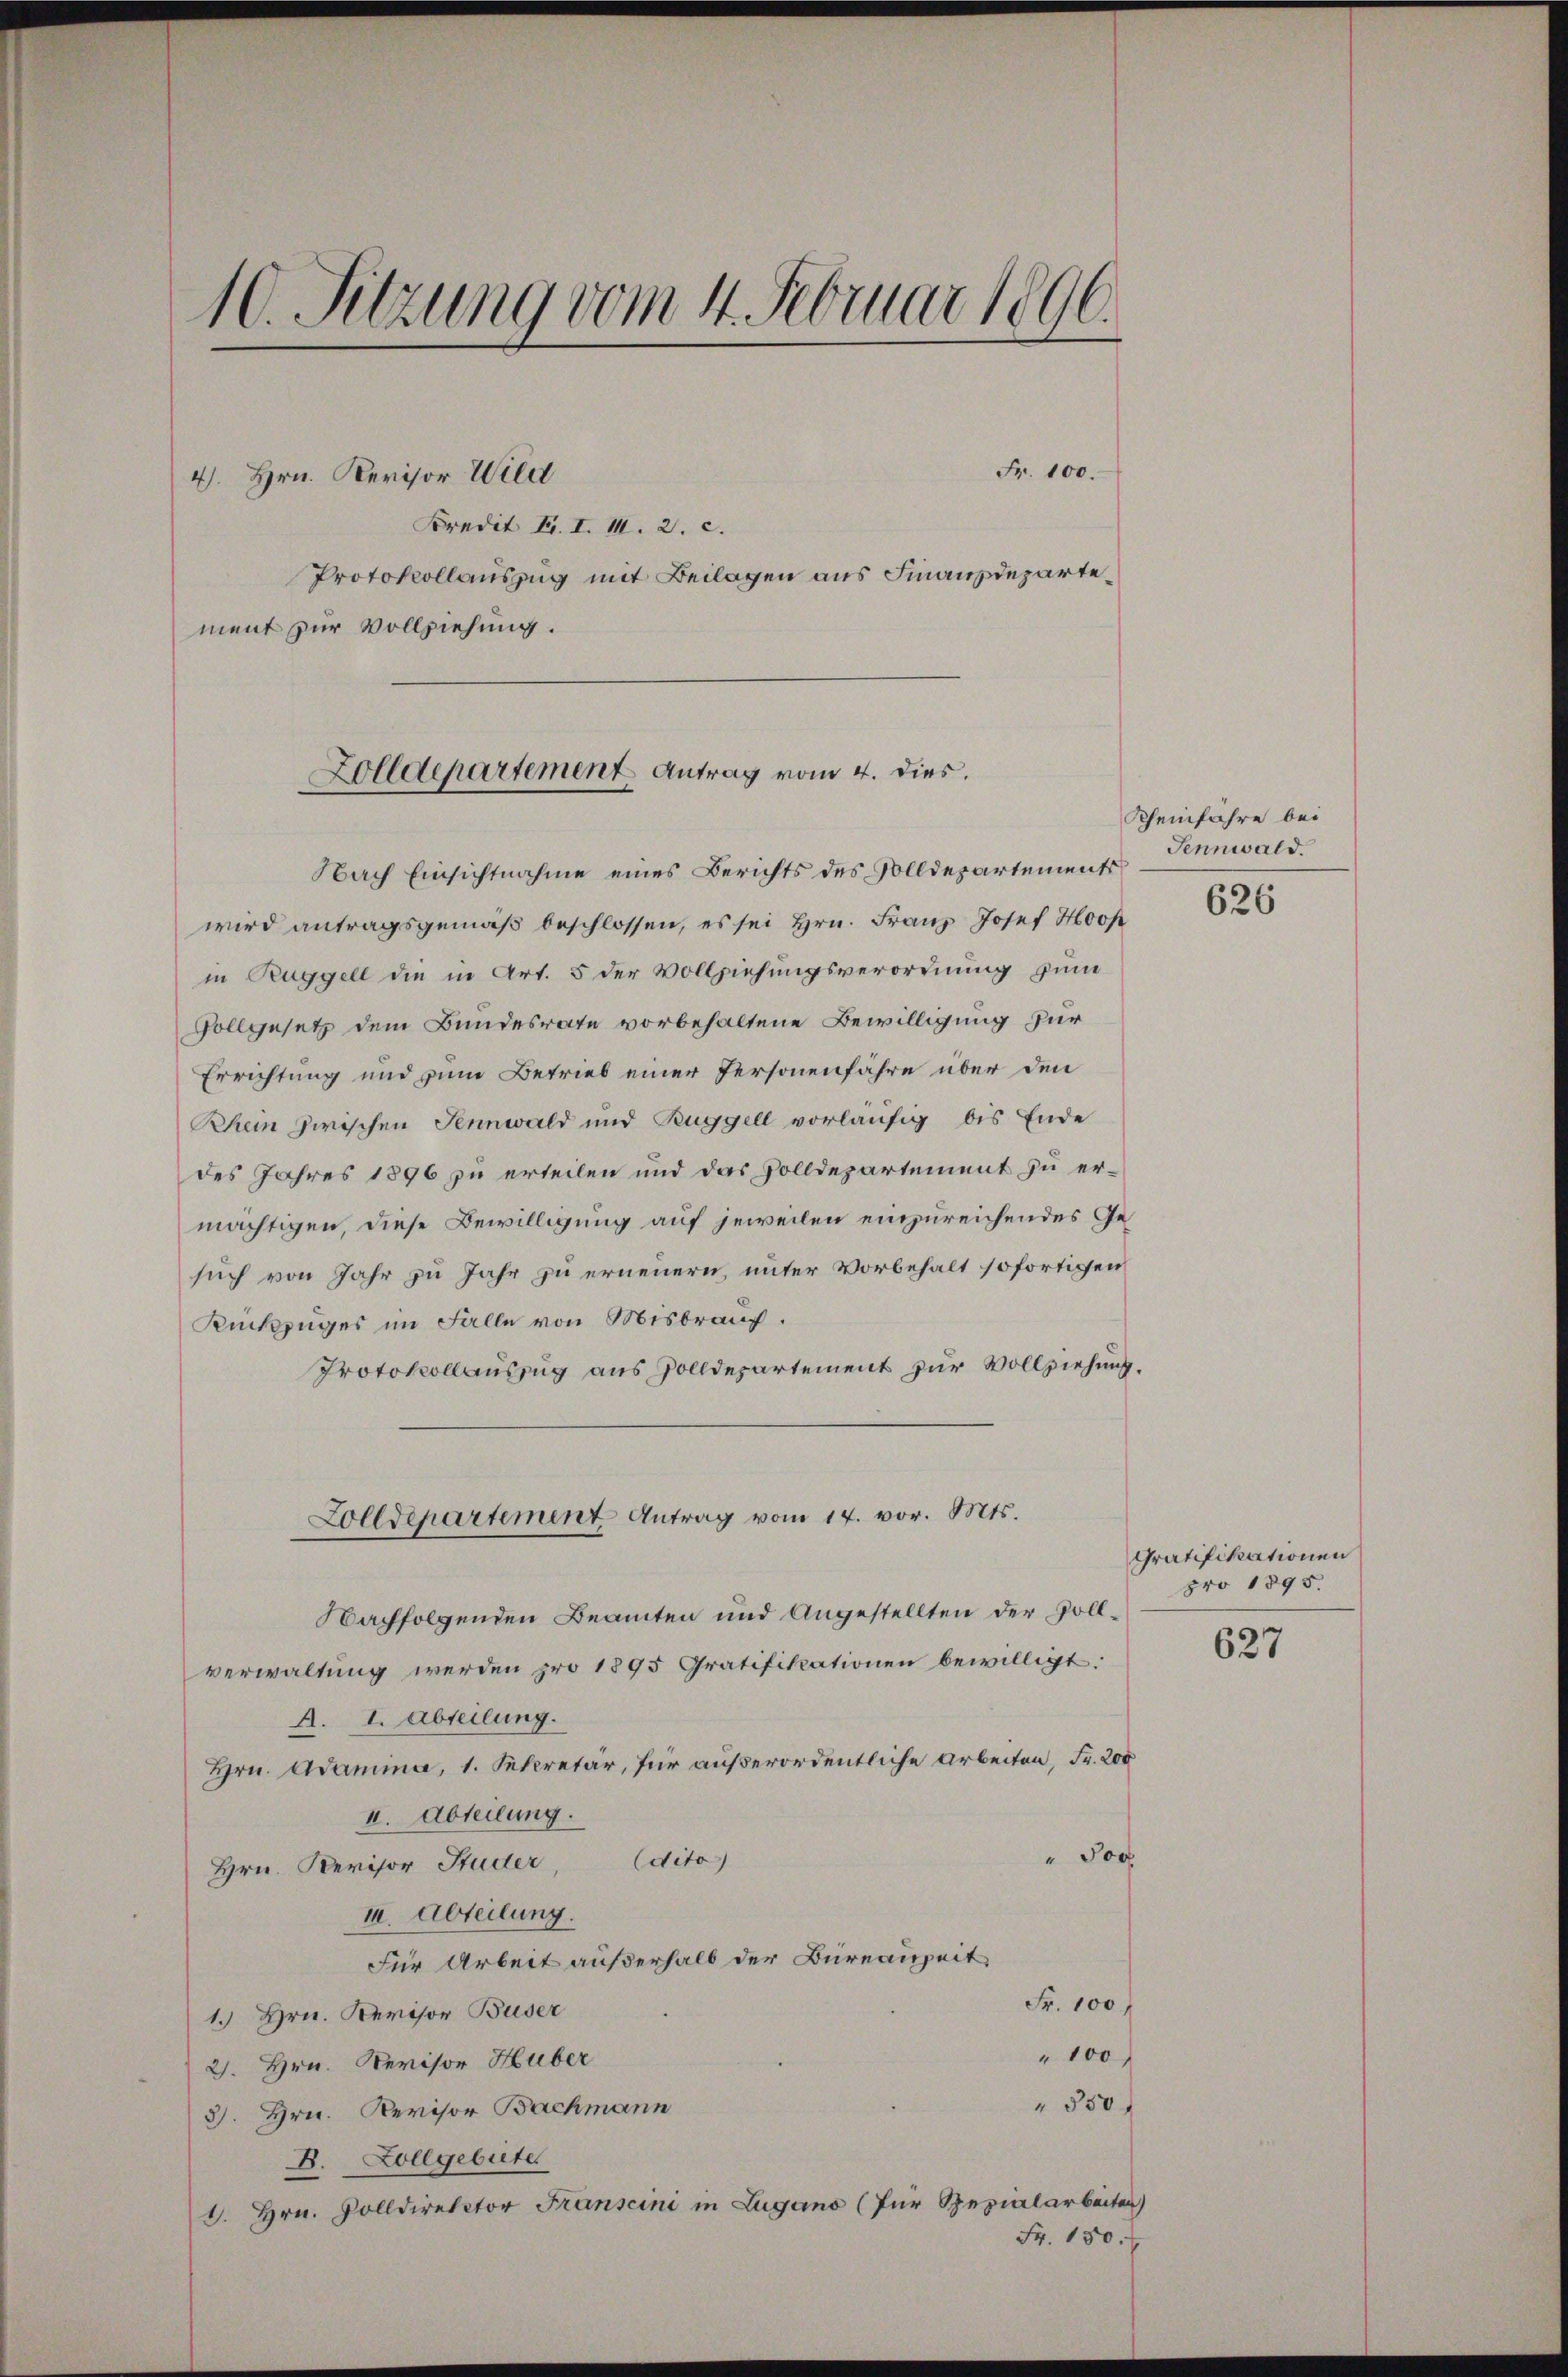
10. Sitzung vom 4. Februar 1896.
Fr. 100.
4. Hrn. Revisor Wild
Kredit fr. I. II. 2. c.
Protokollauszug mit Beilagen aus Finanzdepartement zur Vollziehung.

Zolldepartement Antrag vom 4. dies.

Zolldepartement Antrag vom 14. vor. Mts.

Nach Einsichtnahme eines Berichts des Solldepartements
wird antragsgemäβ beschlossen, es sei Hrn. Franz Josef Hop
in Ruggell die in Art. 5 der Vollziehungsverordnung zum
Vollgesetz dem Bundesrate vorbehaltene Bewilligung für
Errichtung und zum Betrieb einer Personenfahre über den
Rhein zwischen Sennwald und Buggell vorläufig bis Ende
des Jahres 1896 zu erteilen und das Zolldepartement zu ermächtigen, diese Bewilligung auf jeweilen einzureichendes Gesuch von Jahr zu Jahr zu ernennern, unter Vorbehalt sofortigen
Rückzuges im Falle von Misbrauch.
Protokollauszug aus Zolldepartement zur Vollziehung.
Nachfolgenden Beamten und Angestellten der Vollverwaltung werden pro 1895 Gratifikationen bewilligt:
A. I. Abteilung.
Hrn. Adamma, 1. Sekretär, für außerordentliche Arbeiten, Fr. 200
II. Abteilung.
" Joc
Hrn. Revisor Studer, Edito
I. Abteilung.
Für Arbeit außerhalb der Büreauheit
Fr. 100 f
1. Hrn. Revisor Buser
" 100,
21. Hrn. Revisor Huber
550 f
3. Hrn. Revisor Bachmann
B. Zollgebieter
1. Hrn. Solldirektor Franscini in Lugano (für Spezialarbeiten
Fr. 150.

Rheinfahre bei
Jennwald.
626

Gratifikationen
pro 1895.

627